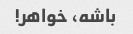
باشه، خواهر!